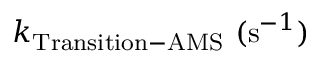
k _ { \mathrm { T r a n s i t i o n - A M S } } ~ ( \mathrm { s } ^ { - 1 } )